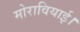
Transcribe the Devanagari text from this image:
मोरावियाई।